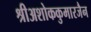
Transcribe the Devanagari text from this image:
श्रीअशोककुमारजैन